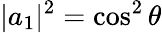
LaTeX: |a_{1}|^{2}=\cos^{2}\theta